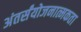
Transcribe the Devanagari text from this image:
अंतर्संयोजनात्मकता